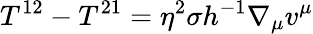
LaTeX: T^{12}-T^{21}=\eta^{2}\sigma h^{-1}\nabla_{\mu}v^{\mu}